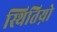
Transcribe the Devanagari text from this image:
स्थितिय़ो